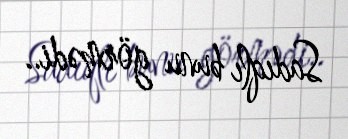
Sadıqlı bunu görmədi..